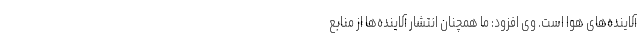
آلاینده‌های هوا است. وی افزود: ما همچنان انتشار آلاینده‌ها از منابع